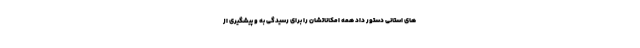
های استانی دستور داد همه امکاناتشان را برای رسیدگی به و پیشگیری از